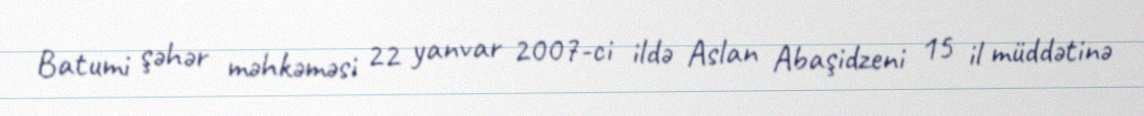
Batumi şəhər məhkəməsi 22 yanvar 2007-ci ildə Aslan Abaşidzeni 15 il müddətinə